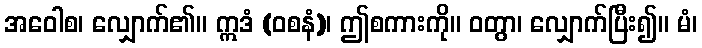
အဝေါစ၊ လျှောက်၏။ ဣဒံ (ဝစနံ)၊ ဤစကားကို။ ဝတွာ၊ လျှောက်ပြီး၍။ မံ၊